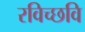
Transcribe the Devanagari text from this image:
रविच्छवि